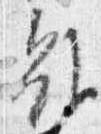
雖